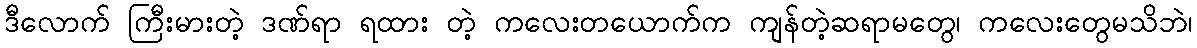
ဒီလောက် ကြီးမားတဲ့ ဒဏ်ရာ ရထား တဲ့ ကလေးတယောက်က ကျန်တဲ့ဆရာမတွေ၊ ကလေးတွေမသိဘဲ၊